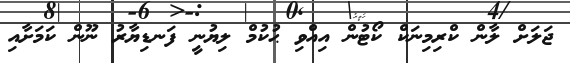
ޖަލަށް ލާން ކްރިމިނަކް ކޯޓުން އިއްވި ޙުކުމް ލިޔުނީ ފަނޑިޔާރު ނޫން ކަމަށާއި